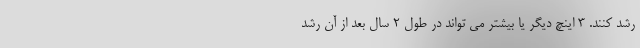
رشد کنند. 3 اینچ دیگر یا بیشتر می تواند در طول 2 سال بعد از آن رشد